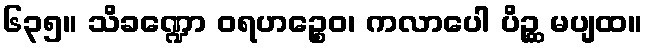
၆၃၅။ သိခဏ္ဍော ဝရဟဉ္စေဝ၊ ကလာပေါ ပိဉ္ဆ မပျထ။